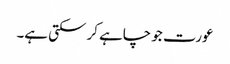
عورت جو چاہے کر سکتی ہے۔